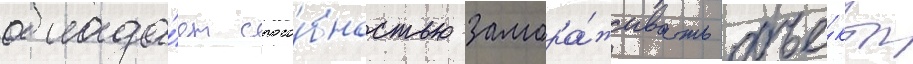
облада́ет спосо́бностью замора́живать объе́кты